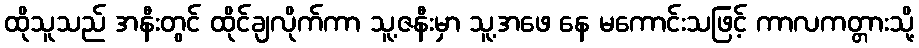
ထိုသူသည် အနီးတွင် ထိုင်ချလိုက်ကာ သူ့ဇနီးမှာ သူ့အဖေ နေ မကောင်းသဖြင့် ကာလကတ္တားသို့